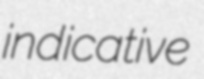
indicative